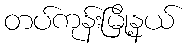
တပ်ကုန်းမြို့နယ်